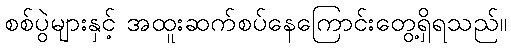
စစ်ပွဲများနှင့် အထူးဆက်စပ်နေကြောင်းတွေ့ရှိရသည်။